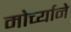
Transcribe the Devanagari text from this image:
मोर्च्याने